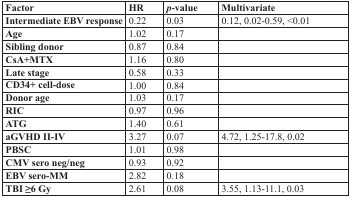
<table><thead><tr><td><b>Factor</b></td><td><b>HR</b></td><td><b><i>p</i>-value</b></td><td><b>Multivariate</b></td></tr></thead><tbody><tr><td><b>Intermediate EBV response</b></td><td>0.22</td><td>0.03</td><td>0.12, 0.02-0.59, &lt;0.01</td></tr><tr><td><b>Age</b></td><td>1.02</td><td>0.17</td><td></td></tr><tr><td><b>Sibling donor</b></td><td>0.87</td><td>0.84</td><td></td></tr><tr><td><b>CsA+MTX</b></td><td>1.16</td><td>0.80</td><td></td></tr><tr><td><b>Late stage</b></td><td>0.58</td><td>0.33</td><td></td></tr><tr><td><b>CD34+ cell-dose</b></td><td>1.00</td><td>0.84</td><td></td></tr><tr><td><b>Donor age</b></td><td>1.03</td><td>0.17</td><td></td></tr><tr><td><b>RIC</b></td><td>0.97</td><td>0.96</td><td></td></tr><tr><td><b>ATG</b></td><td>1.40</td><td>0.61</td><td></td></tr><tr><td><b>aGVHD II-IV</b></td><td>3.27</td><td>0.07</td><td>4.72, 1.25-17.8, 0.02</td></tr><tr><td><b>PBSC</b></td><td>1.01</td><td>0.98</td><td></td></tr><tr><td><b>CMV sero neg/neg</b></td><td>0.93</td><td>0.92</td><td></td></tr><tr><td><b>EBV sero-MM</b></td><td>2.82</td><td>0.18</td><td></td></tr><tr><td><b>TBI ≥6 Gy</b></td><td>2.61</td><td>0.08</td><td>3.55, 1.13-11.1, 0.03</td></tr></tbody></table>